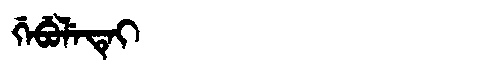
Manchu: ᡤᡝᠪᡠᠯᡝᡨᡝᡳ
Romanization: GEBULETEI